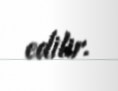
edilir.